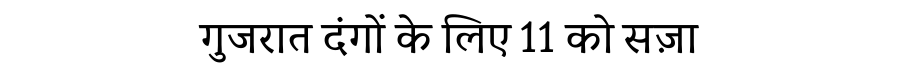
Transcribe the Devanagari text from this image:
गुजरात दंगों के लिए 11 को सज़ा